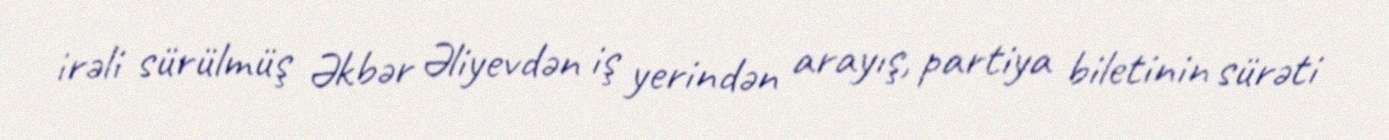
irəli sürülmüş Əkbər Əliyevdən iş yerindən arayış, partiya biletinin sürəti